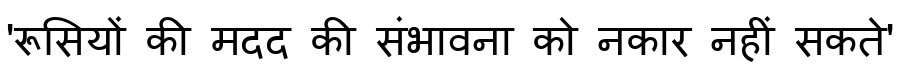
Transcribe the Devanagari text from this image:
'रूसियों की मदद की संभावना को नकार नहीं सकते'